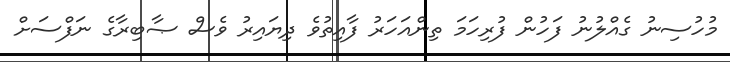
މުހުސިނު ގެއްލުނު ފަހުން ފުރިހަމަ ތިންއަހަރު ފާއިތުވެ ދިޔައިރު ވެސް ޞާބިރާގެ ނަފްސަށް